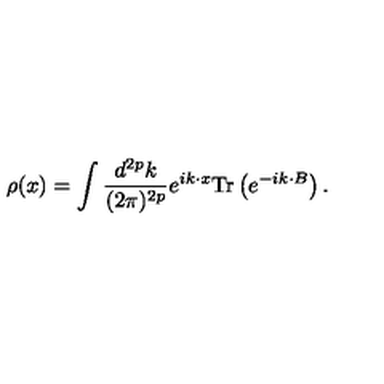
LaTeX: \rho ( x ) = \int \frac { d ^ { 2 p } k } { ( 2 \pi ) ^ { 2 p } } e ^ { i k \cdot x } \mathrm { T r } \left( e ^ { - i k \cdot B } \right) .